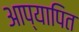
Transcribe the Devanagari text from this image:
आप्यापित